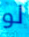
لو